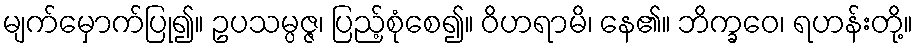
မျက်မှောက်ပြု၍။ ဥပသမ္ပဇ္ဇ၊ ပြည့်စုံစေ၍။ ဝိဟရာမိ၊ နေ၏။ ဘိက္ခဝေ၊ ရဟန်းတို့။